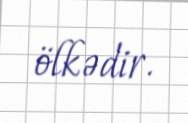
ölkədir.